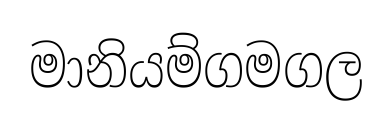
මානියම්ගමගල